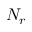
N _ { r }